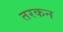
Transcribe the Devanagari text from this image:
तरकन